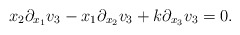
\begin{align*}x_2\partial_{x_1}v_3-x_1\partial_{x_2}v_3+k\partial_{x_3}v_3=0.\end{align*}